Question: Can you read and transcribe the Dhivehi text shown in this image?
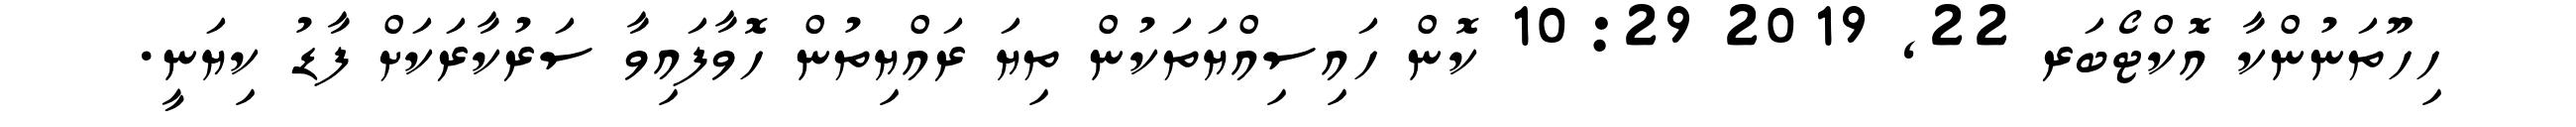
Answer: ހިހޫތަނުންކާ އޮކްޓޯބަރ 22, 2019 10:29 ކޮން ހައިސިއްޔަތަކުން ތިޔަ ރައްޔިތުން ހޮވާފައިވާ ސަރުކާރަކަށް ފާޑު ކިޔަނީ.